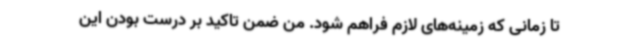
تا زمانی که زمینه‌های لازم فراهم شود. من ضمن تاکید بر درست بودن این